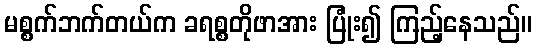
မစ္စက်ဘက်တယ်က ခရစ္စတိုဖာအား ပြုံး၍ ကြည့်နေသည်။